system: You are a helpful assistant.
user:
Analyze the provided spectrum to determine if it is a **Carbon Star (C-type)**.

- **Key Visual Indicators of Carbon Star:**
    - **(Primary):** Strong molecular absorption from **C₂ (diatomic carbon) "Swan Bands."** This is the **defining feature** of a carbon star.
        - **(Key Bandheads):** Sharp absorption edges are visible at approximately $5635$ Å, $5165$ Å (the strongest band), and $4737$ Å.
        - **(Line Profile):** Creates a distinct **"saw-tooth"** pattern. The key morphology is a sharp, steep bandhead on the **red (long-wavelength) side**, which then gradually tapers off (i.e., flux recovers) towards the **blue (short-wavelength) side**. *(This is the direct opposite of the TiO bands seen in M-type stars)*.

    - **(Secondary):** Intense **CN (cyanogen)** molecular absorption bands.
        - **(Key Bandheads):** Located in the blue and violet regions of the spectrum (e.g., near $4215$ Å and $3883$ Å).
        - **(Morphology):** These bands are extremely broad and act as a "blanket," absorbing the vast majority of blue and violet light. This creates a characteristic **"cliff"** or **"steep drop-off"** in the spectrum's flux at short wavelengths.

    - **(Key Confirmation):** Strong **CH absorption band (G-band)**.
        - **(Key Bandhead):** Located around $4300$ Å. The contribution from CH molecules to this band is exceptionally strong.

    - **(Overall Spectrum):**
        - The continuum is severely "chopped up" by these deep molecular bands, especially C₂, rather than appearing as a smooth curve.
        - Due to the heavy CN and C₂ absorption in the blue-green, the vast majority of the star's flux is concentrated in the red part of the spectrum, giving the star its characteristic deep red color.

Think first, call **spectral_visualization_tool** if needed to examine features in detail, then provide your final answer. Your response must adhere to the following strict rules:
1.  **Overall Structure:** Your response must follow the format `<think>...</think> <tool_call>...</tool_call> (if a tool is used) <answer>...</answer>`.
2.  **Tool Usage Constraint:** You may only make **one** tool call per turn.
3.  **Final Answer Format:** In the `<answer>` tag, your conclusion must be inside a `\boxed{}` command (e.g., `\boxed{YES}`), followed by your justification.

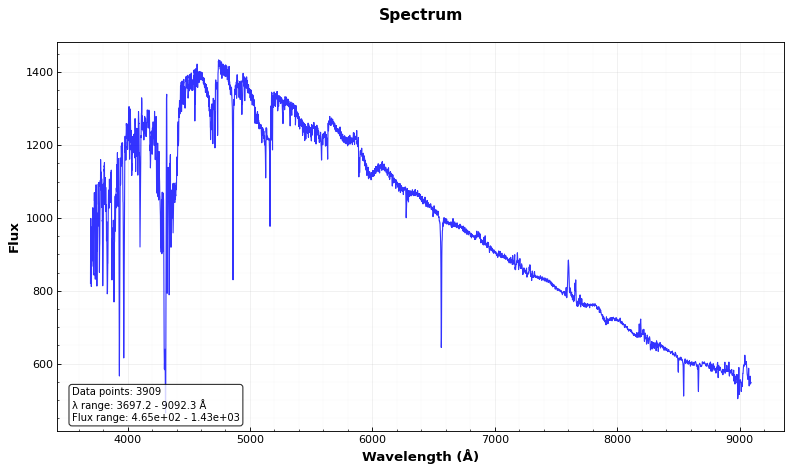
Answer: YES